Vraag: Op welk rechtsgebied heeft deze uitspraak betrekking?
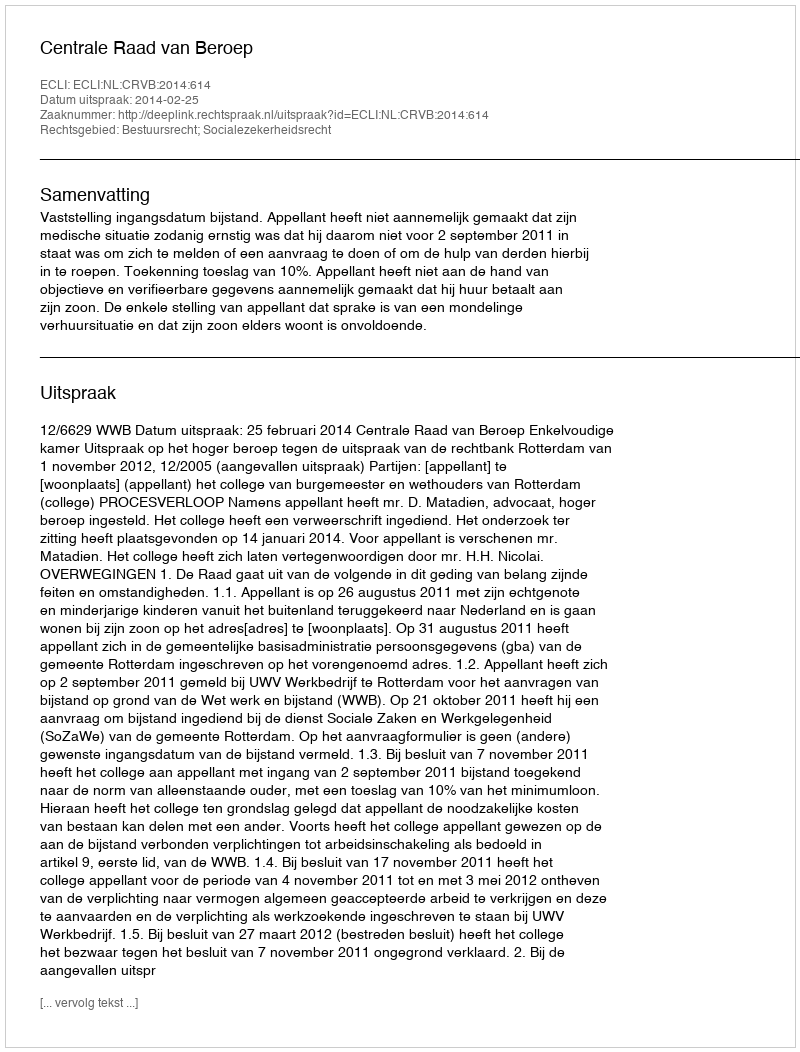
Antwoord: Bestuursrecht; Socialezekerheidsrecht